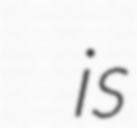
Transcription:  is